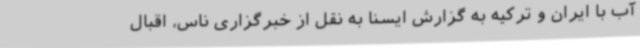
آب با ایران و ترکیه به گزارش ایسنا به نقل از خبرگزاری ناس، اقبال